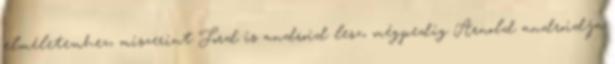
elméletemhez, miszerint Ford is android lesz, mégpedig Arnold androidja